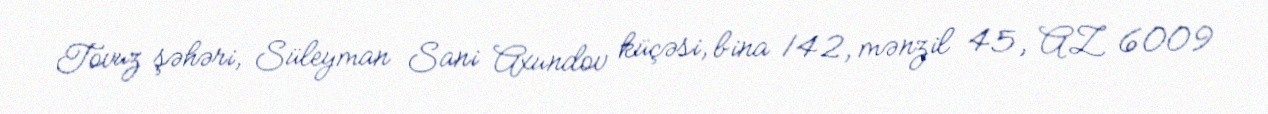
Tovuz şəhəri, Süleyman Sani Axundov küçəsi, bina 142, mənzil 45, AZ 6009